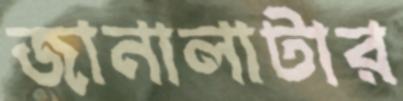
জানালাটার